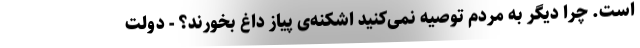
است. چرا دیگر به مردم توصیه نمی‌کنید اشکنه‌‌ی پیاز داغ بخورند؟ - دولت